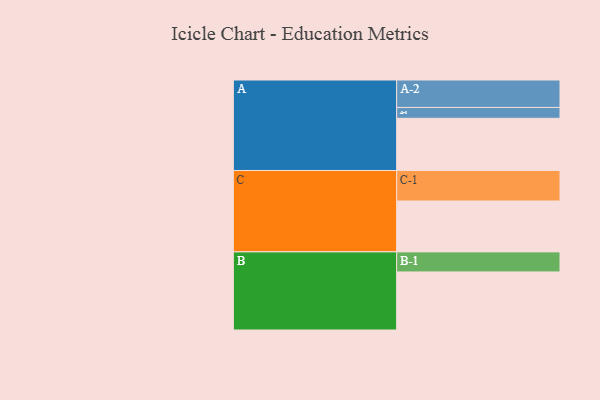
{"axis": {"x": "Segment", "y": "Value"}, "legend": ["", "A", "B", "C"], "data": [{"x": "A", "y": 481, "type": ""}, {"x": "B", "y": 535, "type": ""}, {"x": "C", "y": 469, "type": ""}, {"x": "A-1", "y": 100, "type": "A"}, {"x": "A-2", "y": 253, "type": "A"}, {"x": "B-1", "y": 185, "type": "B"}, {"x": "C-1", "y": 281, "type": "C"}]}